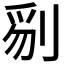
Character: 𠝄